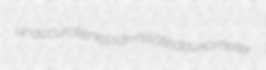
unaccurateness armillated auxometer